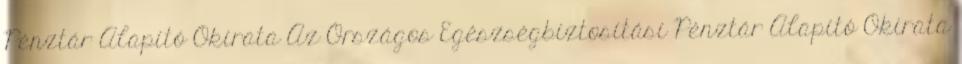
Pénztár Alapító Okirata Az Országos Egészségbiztosítási Pénztár Alapító Okirata